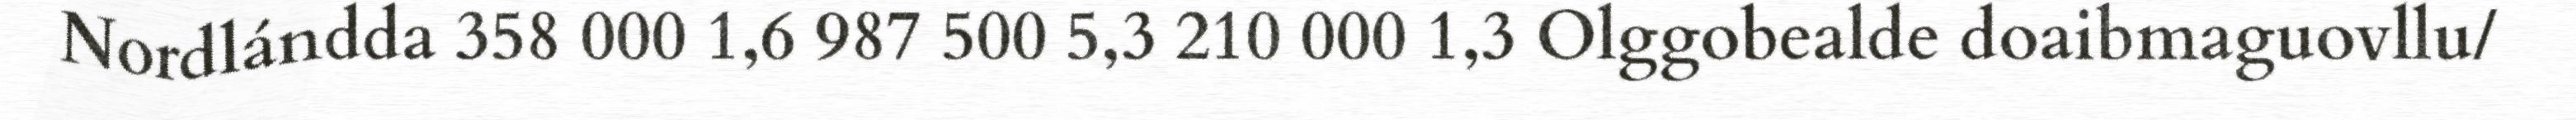
Nordlándda 358 000 1,6 987 500 5,3 210 000 1,3 Olggobealde doaibmaguovllu/